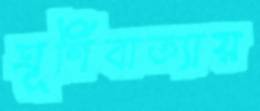
ঘূর্ণিবাত্যায়